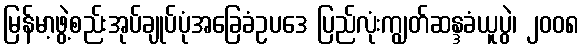
မြန်မာ့ဖွဲ့စည်းအုပ်ချုပ်ပုံအခြေခံဥပဒေ ပြည်လုံးကျွတ်ဆန္ဒခံယူပွဲ၊ ၂၀၀၈